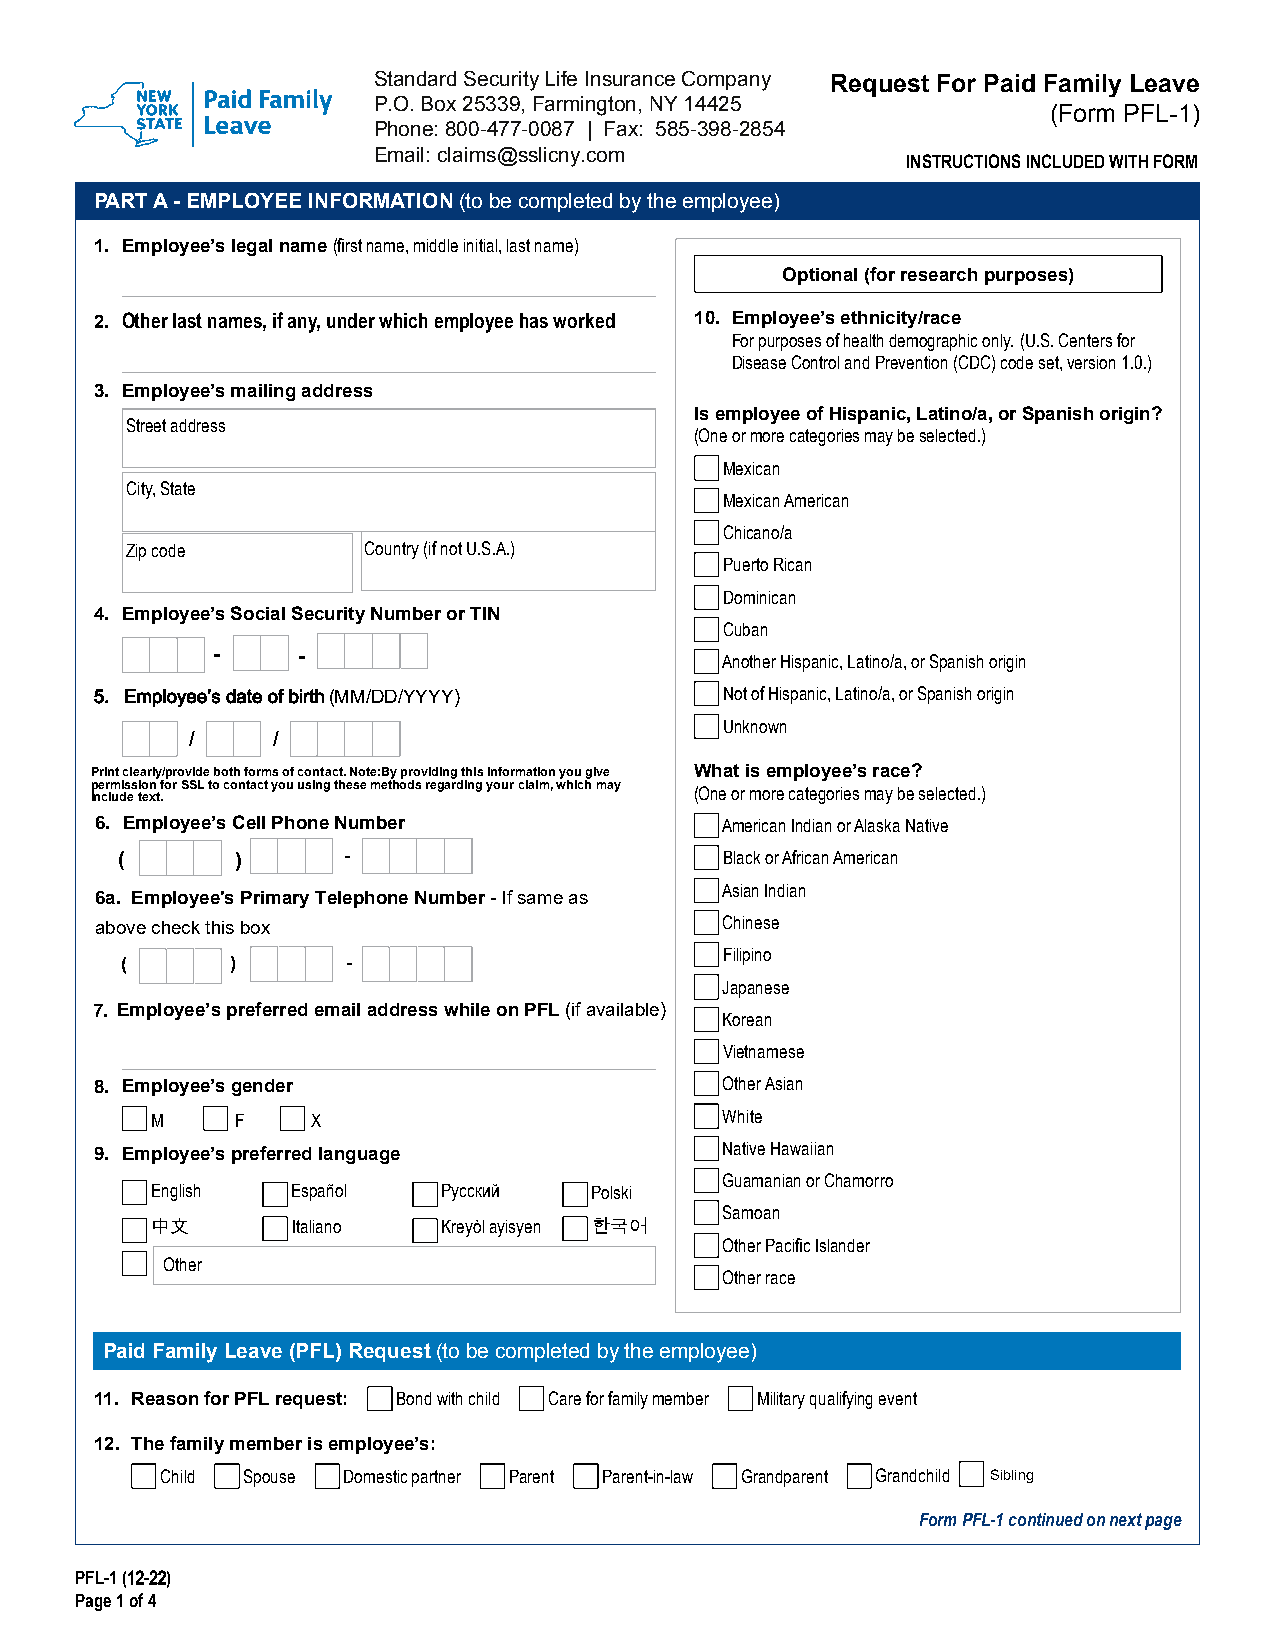
Standard Security Life Insurance Company Request For Paid Family Leave
 P.O. Box 25339, Farmington, NY 14425
 (Form PFL-1)
 Phone: 800-477-0087 | Fax: 585-398-2854
 Email: claims@sslicny.com
 INSTRUCTIONS INCLUDED WITH FORM
 PART A - EMPLOYEE INFORMATION (to be completed by the employee)
 1. Employee’s legal name (first name, middle initial, last name)
 Optional (for research purposes)
 2. Other last names, if any, under which employee has worked 10. Employee’s ethnicity/race
 For purposes of health demographic only. (U.S. Centers for
 Disease Control and Prevention (CDC) code set, version 1.0.)
 3. Employee’s mailing address
 Is employee of Hispanic, Latino/a, or Spanish origin?
 Street address
 (One or more categories may be selected.)
 Mexican
 City, State
 Mexican American
 Chicano/a
 Zip code        Country (if not U.S.A.)
 Puerto Rican
 Dominican
 4. Employee’s Social Security Number or TIN
 Cuban
 -     -                           Another Hispanic, Latino/a, or Spanish origin
 5. Employee’s date of birth (MM/DD/YYYY)  Not of Hispanic, Latino/a, or Spanish origin
 Unknown
 /     /
 Print clearly/provide both forms of contact. Note:By providing this information you give What is employee’s race?
 permission for SSL to contact you using these methods regarding your claim, which may (One or more categories may be selected.)
 include text.
 6. Employee’s Cell Phone Number           American Indian or Alaska Native
 (       )      -                        Black or African American
 Asian Indian
 6a. Employee's Primary Telephone Number - If same as
 above check this box                      Chinese
 Filipino
 (      )       -
 Japanese
 7. Employee’s preferred email address while on PFL (if available)
 Korean
 Vietnamese
 8. Employee’s gender                      Other Asian
 M     F    X                          White
 Native Hawaiian
 9. Employee’s preferred language
 Guamanian or Chamorro
 English  Español   Русский   Polski
 Samoan
 中文       Italiano  Kreyòl ayisyen 한국어
 Other Pacific Islander
 Other
 Other race
 Paid Family Leave (PFL) Request (to be completed by the employee)
 11. Reason for PFL request: Bond with child Care for family member Military qualifying event
 12. The family member is employee’s:
 Child Spouse Domestic partner Parent Parent-in-law Grandparent Grandchild Sibling
 Form PFL-1 continued on next page
 PFL-1 (12-22)
 Page 1 of 4